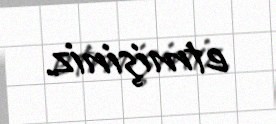
etmişiniz.